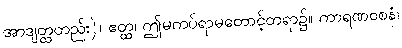
အာဒျတ္ထတည်း)။ ဧတ္ထ၊ ဤမကပ်ရာမတောင့်တရာ၌။ ကာရဏဝစနံ၊